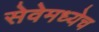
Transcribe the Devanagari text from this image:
सेवेमध्येच